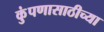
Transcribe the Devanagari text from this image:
कुंपणासाठीच्या